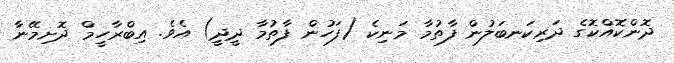
ދޮންކޮއްކޮގެ ދަރިކަނބަލުން ފާތުމާ މަނިކެ (ފަހުން ފާތުމާ ދީދީ) އެވެ. އިބްރާހީމް ދޮށިމޭނާ